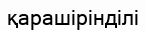
қарашірінділі